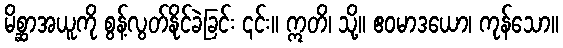
မိစ္ဆာအယူကို စွန့်လွတ်နိုင်ခဲခြင်း ၎င်း။ ဣတိ၊ သို့။ ဧဝမာဒယော၊ ကုန်သော။